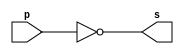
// ------------------------- 
// Exemplo0002 - NOT 
// Nome: Rayan Darwin 
// ------------------------- 
// ------------------------- 
// -- not gate 
// ------------------------- 
module notgate (output s, input p); 

	assign s = ~p; 

endmodule // notgate 
// ------------------------- 
// -- test not gate 
// ------------------------- 

module testnotgate; 
// ------------------------- dados locais 

	reg a; // definir registrador 
	// (variavel independente) 
	wire s; // definir conexao (fio) 
	// (variavel dependente ) 
	// ------------------------- instancia 
	notgate NOT1 (s, a); 
	// ------------------------- preparacao 
	initial begin:start 
	
		a=0; // valor inicial 
	end 
// ------------------------- parte principal 
	initial begin 
	
		$display("Exemplo0002 - Rayan Darwin - 412770"); 
		$display("Test NOT gate"); 
		$display("\n~a = s\n"); 
	
		a=0; 
		#1 $display("~%b = %b", a, s); 
	
		a=1; 
		#1 $display("~%b = %b", a, s); 
	
	end 

endmodule // testnotgate